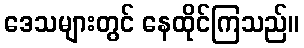
ဒေသများတွင် နေထိုင်ကြသည်။